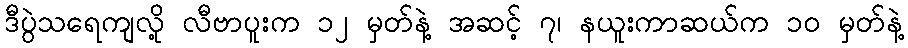
ဒီပွဲသရေကျလို့ လီဗာပူးက ၁၂ မှတ်နဲ့ အဆင့် ၇၊ နယူးကာဆယ်က ၁၀ မှတ်နဲ့